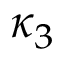
\kappa _ { 3 }